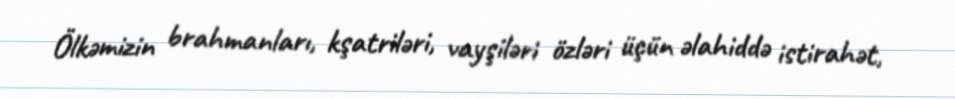
Ölkəmizin brahmanları, kşatriləri, vayşiləri özləri üçün əlahiddə istirahət,